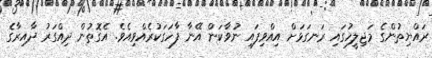
ރައްޔިތުންގެ މަޖިލީހުގައި ރަނގަޅަށް އިއްވިފައި ނުވާކަން އޭނާ ފާހަގަކުރެއްވިއެވެ. އެގޮތުން ދިއްގަރު ދާއިރާގެ